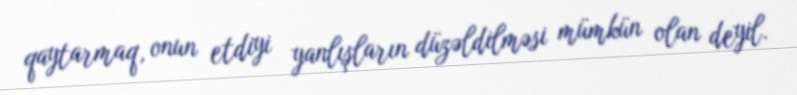
qaytarmaq, onun etdiyi yanlışların düzəldilməsi mümkün olan deyil.